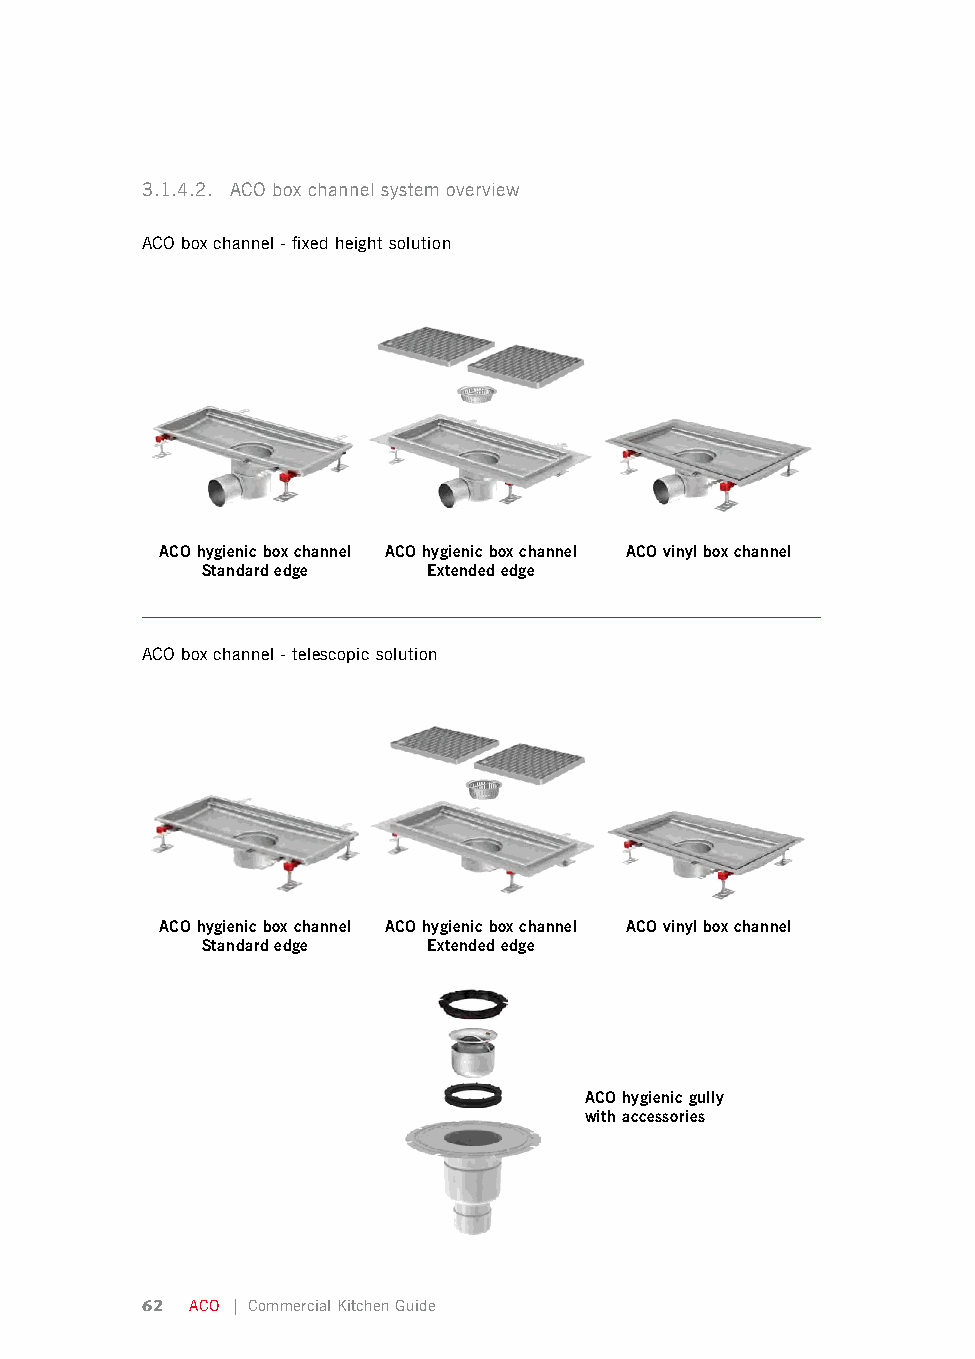
3.1.4.2. ACO box channel system overview
 ACO box channel - fixed height solution
 ACO hygienic box channel ACO hygienic box channel ACO vinyl box channel
 Standard edge  Extended edge
 ACO box channel - telescopic solution
 ACO hygienic box channel ACO hygienic box channel ACO vinyl box channel
 Standard edge  Extended edge
 ACO hygienic gully
 with accessories
 62  ACO | Commercial Kitchen Guide